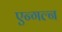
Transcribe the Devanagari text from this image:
एन्गल्न